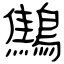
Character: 鷦